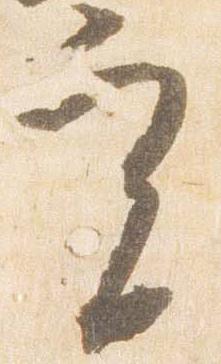
実